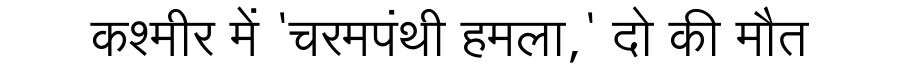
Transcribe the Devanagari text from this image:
कश्मीर में 'चरमपंथी हमला,' दो की मौत